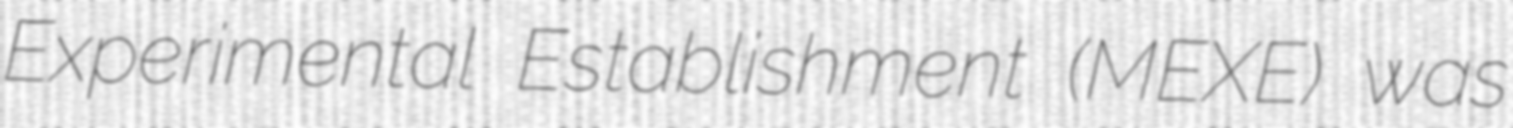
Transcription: Experimental Establishment (MEXE) was